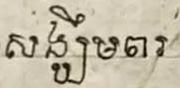
សង្ឃឹមពរ